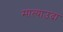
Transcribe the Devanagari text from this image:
मात्याउदा